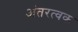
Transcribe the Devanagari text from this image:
अंतरत्‍वक